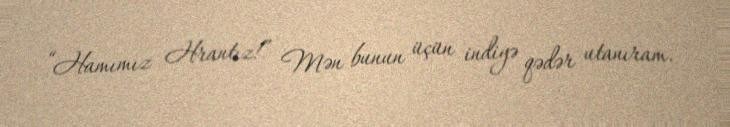
“Hamımız Hrantız!” Mən bunun üçün indiyə qədər utanıram.